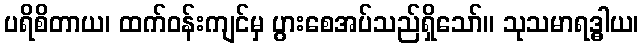
ပရိစိတာယ၊ ထက်ဝန်းကျင်မှ ပွားစေအပ်သည်ရှိသော်။ သုသမာရဒ္ဓါယ၊